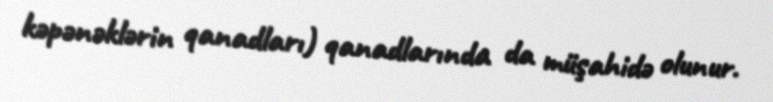
kəpənəklərin qanadları) qanadlarında da müşahidə olunur.